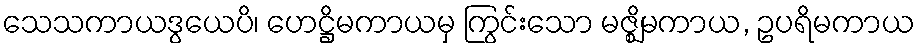
သေသကာယဒွယေပိ၊ ဟေဋ္ဌိမကာယမှ ကြွင်းသော မဇ္ဈိမကာယ, ဥပရိမကာယ